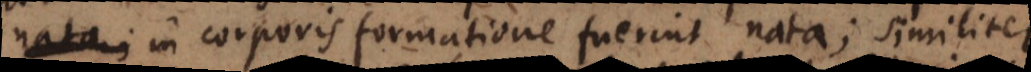
nata; in corporis formatione fuerint nata; similiter